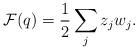
LaTeX: \begin{align*}\mathcal{F}(q) = \frac{1}{2} \sum_j z_jw_j. \end{align*}